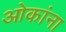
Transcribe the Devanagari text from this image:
ओकांना